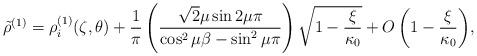
LaTeX: \begin{align*}\tilde{{\rho}}^{(1)}=\rho_i^{(1)}({\zeta},\theta)+{\frac{1}{\pi}}\left({\frac{\sqrt{2}\mu\sin{2\mu\pi}}{\cos^2\mu\beta-\sin^2\mu\pi}}\right){\sqrt{1-\frac{\xi}{\kappa_0}}}+{O\left(1-\frac{\xi}{\kappa_0}\right)},\end{align*}